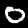
Label: 0